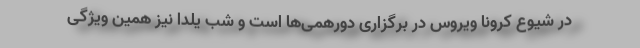
در شیوع کرونا ویروس در برگزاری دورهمی‌ها است و شب یلدا نیز همین ویژگی